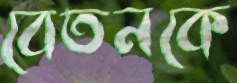
বেতনকে